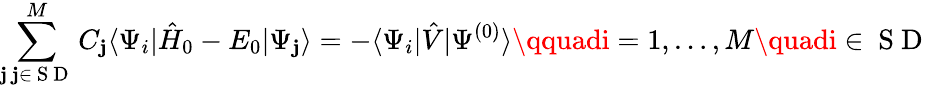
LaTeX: \sum_{\substack{\mathbf{j}\, \mathbf{j}\in\mathrm{{~S~D~}}}}^{M}C_{\mathbf{j}}\langle\Psi_{i}|\hat{{H}}_{0}-E_{0}|\Psi_{\mathbf{j}}\rangle=-\langle\Psi_{i}|\hat{{V}}|\Psi^{(0)}\rangle\qquadi=1,\ldots,M\quadi\in\mathrm{{~S~D~}}